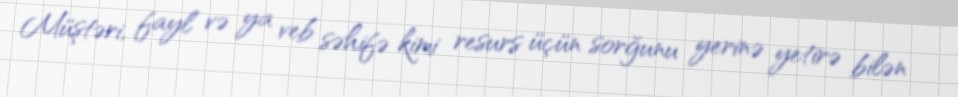
Müştəri, fayl və ya veb səhifə kimi resurs üçün sorğunu yerinə yetirə bilən